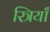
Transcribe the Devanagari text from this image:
स्त्रियाँं